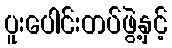
ပူးပေါင်းတပ်ဖွဲ့နှင့်